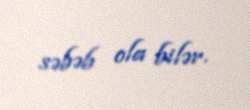
səbəb ola bilər.